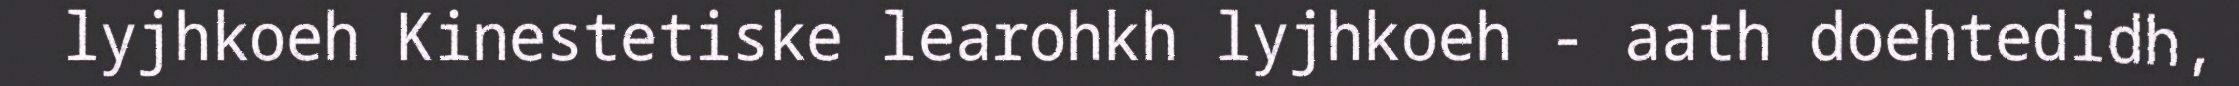
lyjhkoeh Kinestetiske learohkh lyjhkoeh - aath doehtedidh,